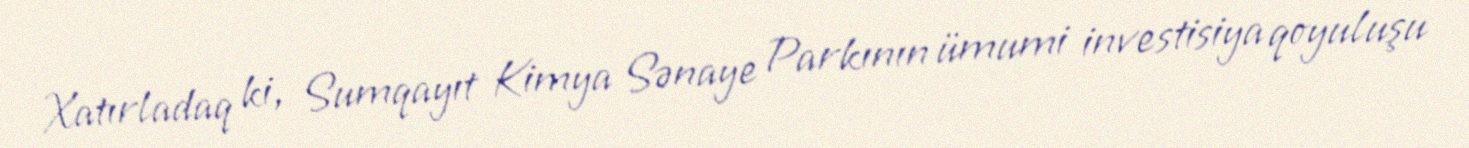
Xatırladaq ki, Sumqayıt Kimya Sənaye Parkının ümumi investisiya qoyuluşu